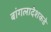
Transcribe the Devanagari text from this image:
बांगलादेशकडे